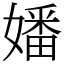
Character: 嬏